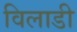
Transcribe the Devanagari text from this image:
विलाडी